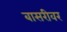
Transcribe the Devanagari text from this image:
बासरीवर